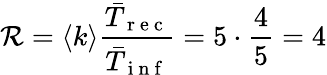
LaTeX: \mathcal{R}=\langle k\rangle\frac{\bar{T}_{\mathrm{~r~e~c~}}}{\bar{T}_{\mathrm{~i~n~f~}}}=5\cdot\frac{4}{5}=4